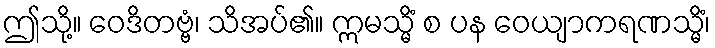
ဤသို့။ ဝေဒိတဗ္ဗံ၊ သိအပ်၏။ ဣမသ္မိံ စ ပန ဝေယျာကရဏသ္မိံ၊